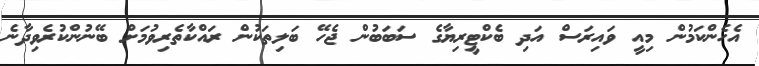
އެހެންކަމުން މިއީ ވައިރަސް އަދި ބެކްޓީރިޔާގެ ސަބަބުން ޖެހޭ ބަލިތަކުން ރައްކާތެރިވުމަށް ބޭނުންކުރެވިދާނެ